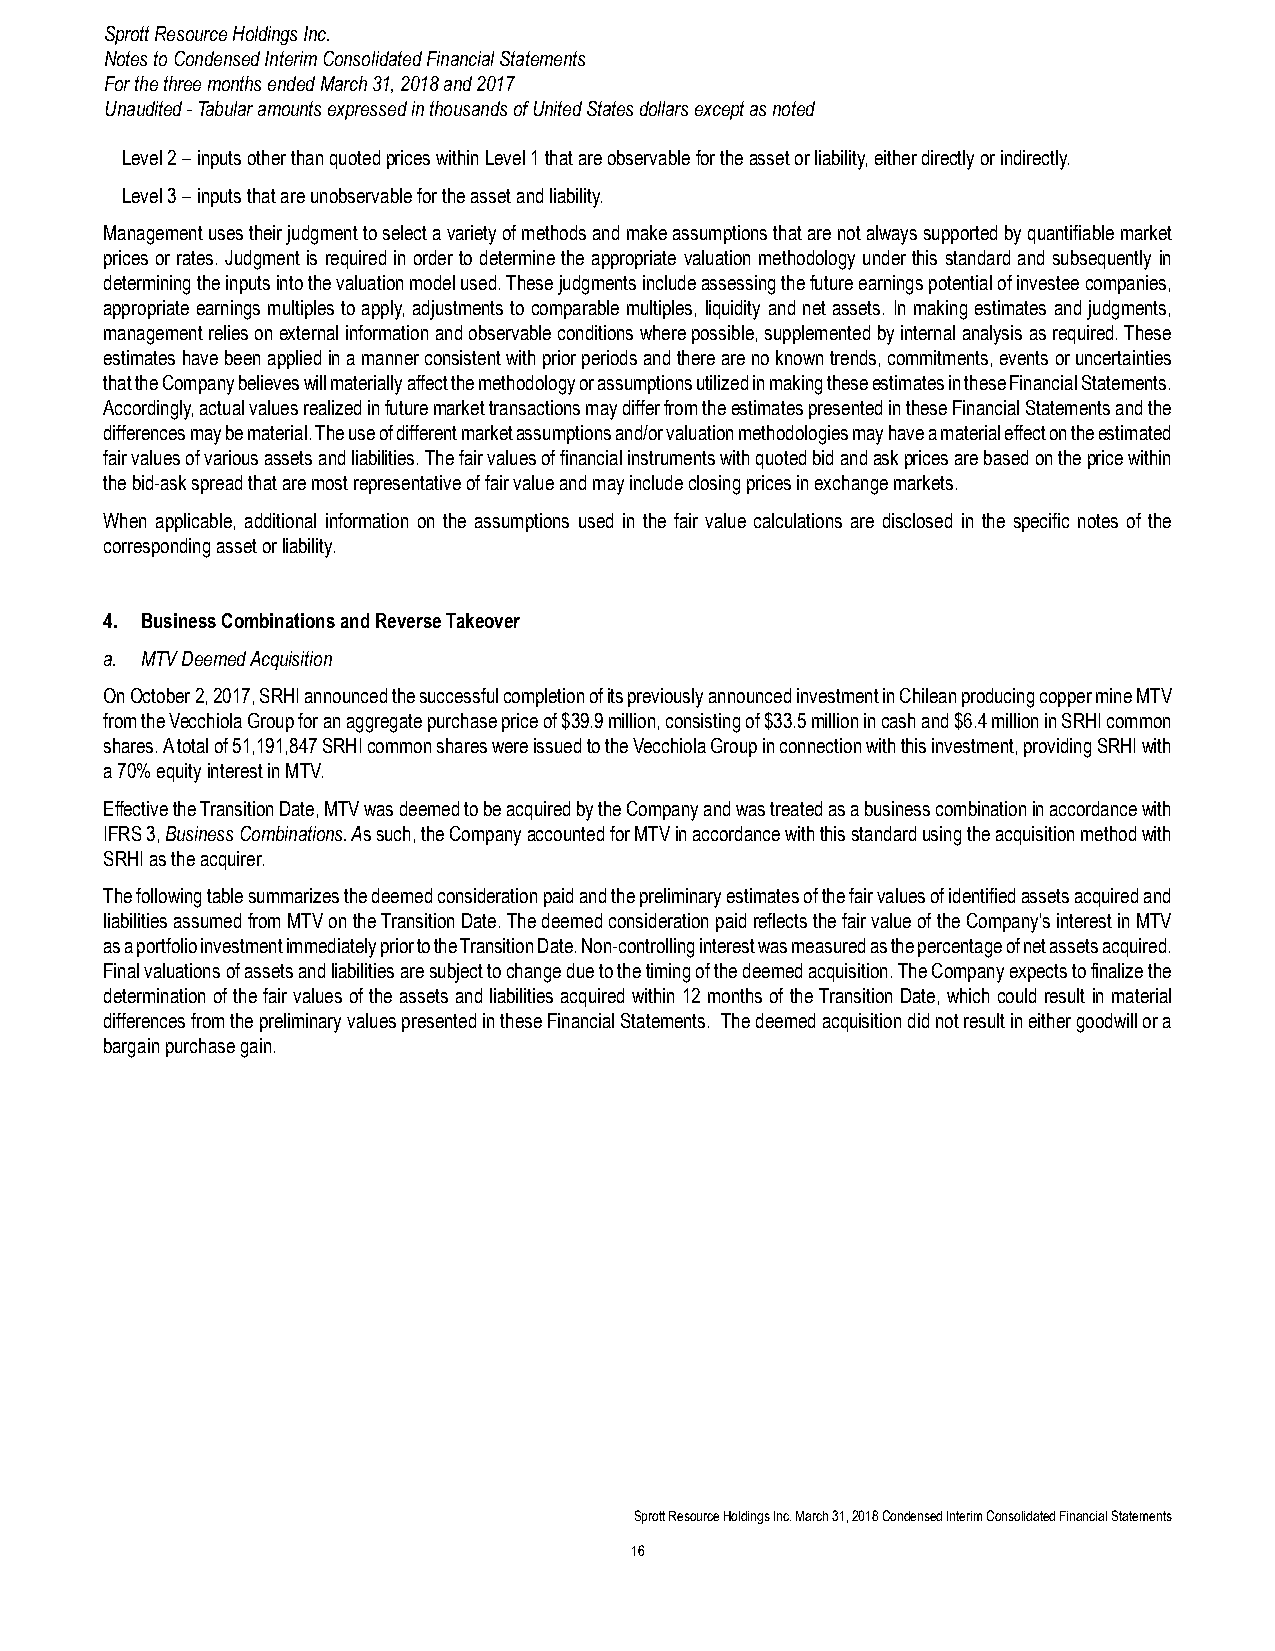
Sprott Resource Holdings Inc.
 Notes to Condensed Interim Consolidated Financial Statements
 For the three months ended March 31, 2018 and 2017
 Unaudited - Tabular amounts expressed in thousands of United States dollars except as noted
 Level 2 – inputs other than quoted prices within Level 1 that are observable for the asset or liability, either directly or indirectly.
 Level 3 – inputs that are unobservable for the asset and liability.
 Management uses their judgment to select a variety of methods and make assumptions that are not always supported by quantifiable market
 prices or rates. Judgment is required in order to determine the appropriate valuation methodology under this standard and subsequently in
 determining the inputs into the valuation model used. These judgments include assessing the future earnings potential of investee companies,
 appropriate earnings multiples to apply, adjustments to comparable multiples, liquidity and net assets. In making estimates and judgments,
 management relies on external information and observable conditions where possible, supplemented by internal analysis as required. These
 estimates have been applied in a manner consistent with prior periods and there are no known trends, commitments, events or uncertainties
 that the Company believes will materially affect the methodology or assumptions utilized in making these estimates in these Financial Statements.
 Accordingly, actual values realized in future market transactions may differ from the estimates presented in these Financial Statements and the
 differences may be material. The use of different market assumptions and/or valuation methodologies may have a material effect on the estimated
 fair values of various assets and liabilities. The fair values of financial instruments with quoted bid and ask prices are based on the price within
 the bid-ask spread that are most representative of fair value and may include closing prices in exchange markets.
 When applicable, additional information on the assumptions used in the fair value calculations are disclosed in the specific notes of the
 corresponding asset or liability.
 4. Business Combinations and Reverse Takeover
 a. MTV Deemed Acquisition
 On October 2, 2017, SRHI announced the successful completion of its previously announced investment in Chilean producing copper mine MTV
 from the Vecchiola Group for an aggregate purchase price of $39.9 million, consisting of $33.5 million in cash and $6.4 million in SRHI common
 shares. A total of 51,191,847 SRHI common shares were issued to the Vecchiola Group in connection with this investment, providing SRHI with
 a 70% equity interest in MTV.
 Effective the Transition Date, MTV was deemed to be acquired by the Company and was treated as a business combination in accordance with
 IFRS 3, Business Combinations. As such, the Company accounted for MTV in accordance with this standard using the acquisition method with
 SRHI as the acquirer.
 The following table summarizes the deemed consideration paid and the preliminary estimates of the fair values of identified assets acquired and
 liabilities assumed from MTV on the Transition Date. The deemed consideration paid reflects the fair value of the Company's interest in MTV
 as a portfolio investment immediately prior to the Transition Date. Non-controlling interest was measured as the percentage of net assets acquired.
 Final valuations of assets and liabilities are subject to change due to the timing of the deemed acquisition. The Company expects to finalize the
 determination of the fair values of the assets and liabilities acquired within 12 months of the Transition Date, which could result in material
 differences from the preliminary values presented in these Financial Statements. The deemed acquisition did not result in either goodwill or a
 bargain purchase gain.
 Sprott Resource Holdings Inc. March 31, 2018 Condensed Interim Consolidated Financial Statements
 16